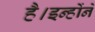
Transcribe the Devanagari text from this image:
है।इन्होंने